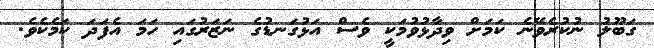
ގަބޫލު ނުކުރެވޭނެ ކަމަށް ވިދާޅުވުމަކީ ވެސް އަޅުގަނޑުގެ ނަޒަރުގައި ހަމަ އެފަދަ ކަމެކެވެ.